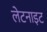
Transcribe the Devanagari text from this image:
लेटनाइट